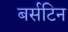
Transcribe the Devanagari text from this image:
बर्सटिन